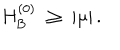
H _ { \mathrm { B } } ^ { ( 0 ) } \; \geq \; | \mu | \, .